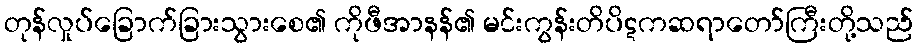
တုန်လှုပ်ခြောက်ခြားသွားစေ၏ ကိုဖီအာနန်၏ မင်းကွန်းတိပိဋကဆရာတော်ကြီးတို့သည်